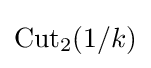
\mathrm {Cut} _{2}(1/k)